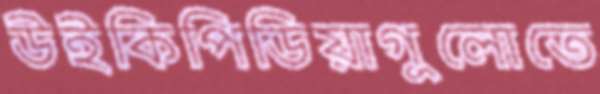
উইকিপিডিয়াগুলোতে